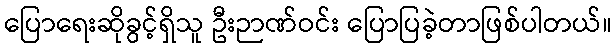
ပြောရေးဆိုခွင့်ရှိသူ ဦးဉာဏ်ဝင်း ပြောပြခဲ့တာဖြစ်ပါတယ်။